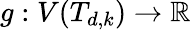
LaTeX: g:V(T_{d,k})\rightarrow\mathbb{R}